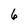
Character: 6